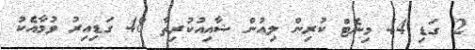
2 ގަޑި 44 މިނެޓް ކުރިން ލިއުން ޝާއިއުކުރިތާ 48 ގަޑިއިރު ވުމާއެކު